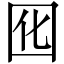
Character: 囮